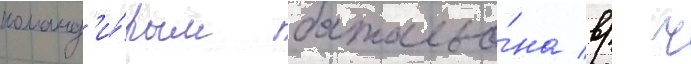
команд'и́ром батальо́на в/ ч